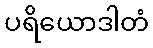
ပရိယောဒါတံ